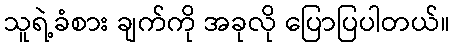
သူရဲ့ခံစား ချက်ကို အခုလို ပြောပြပါတယ်။